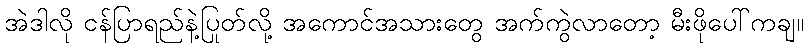
အဲဒါလို ငန်ပြာရည်နဲ့ပြုတ်လို့ အကောင်အသားတွေ အက်ကွဲလာတော့ မီးဖိုပေါ်ကချ။